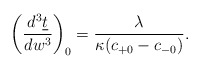
\begin{align*} \left(\frac{d^3\underline{t}}{dw^3}\right)_0=\frac{\lambda}{\kappa(c_{+0}-c_{-0})}.\end{align*}